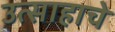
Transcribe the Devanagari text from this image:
उत्‍साहाचे